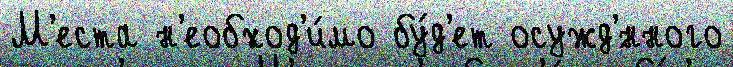
М'еста н'еобход'и́мо бу́д'ет осужд'́нного